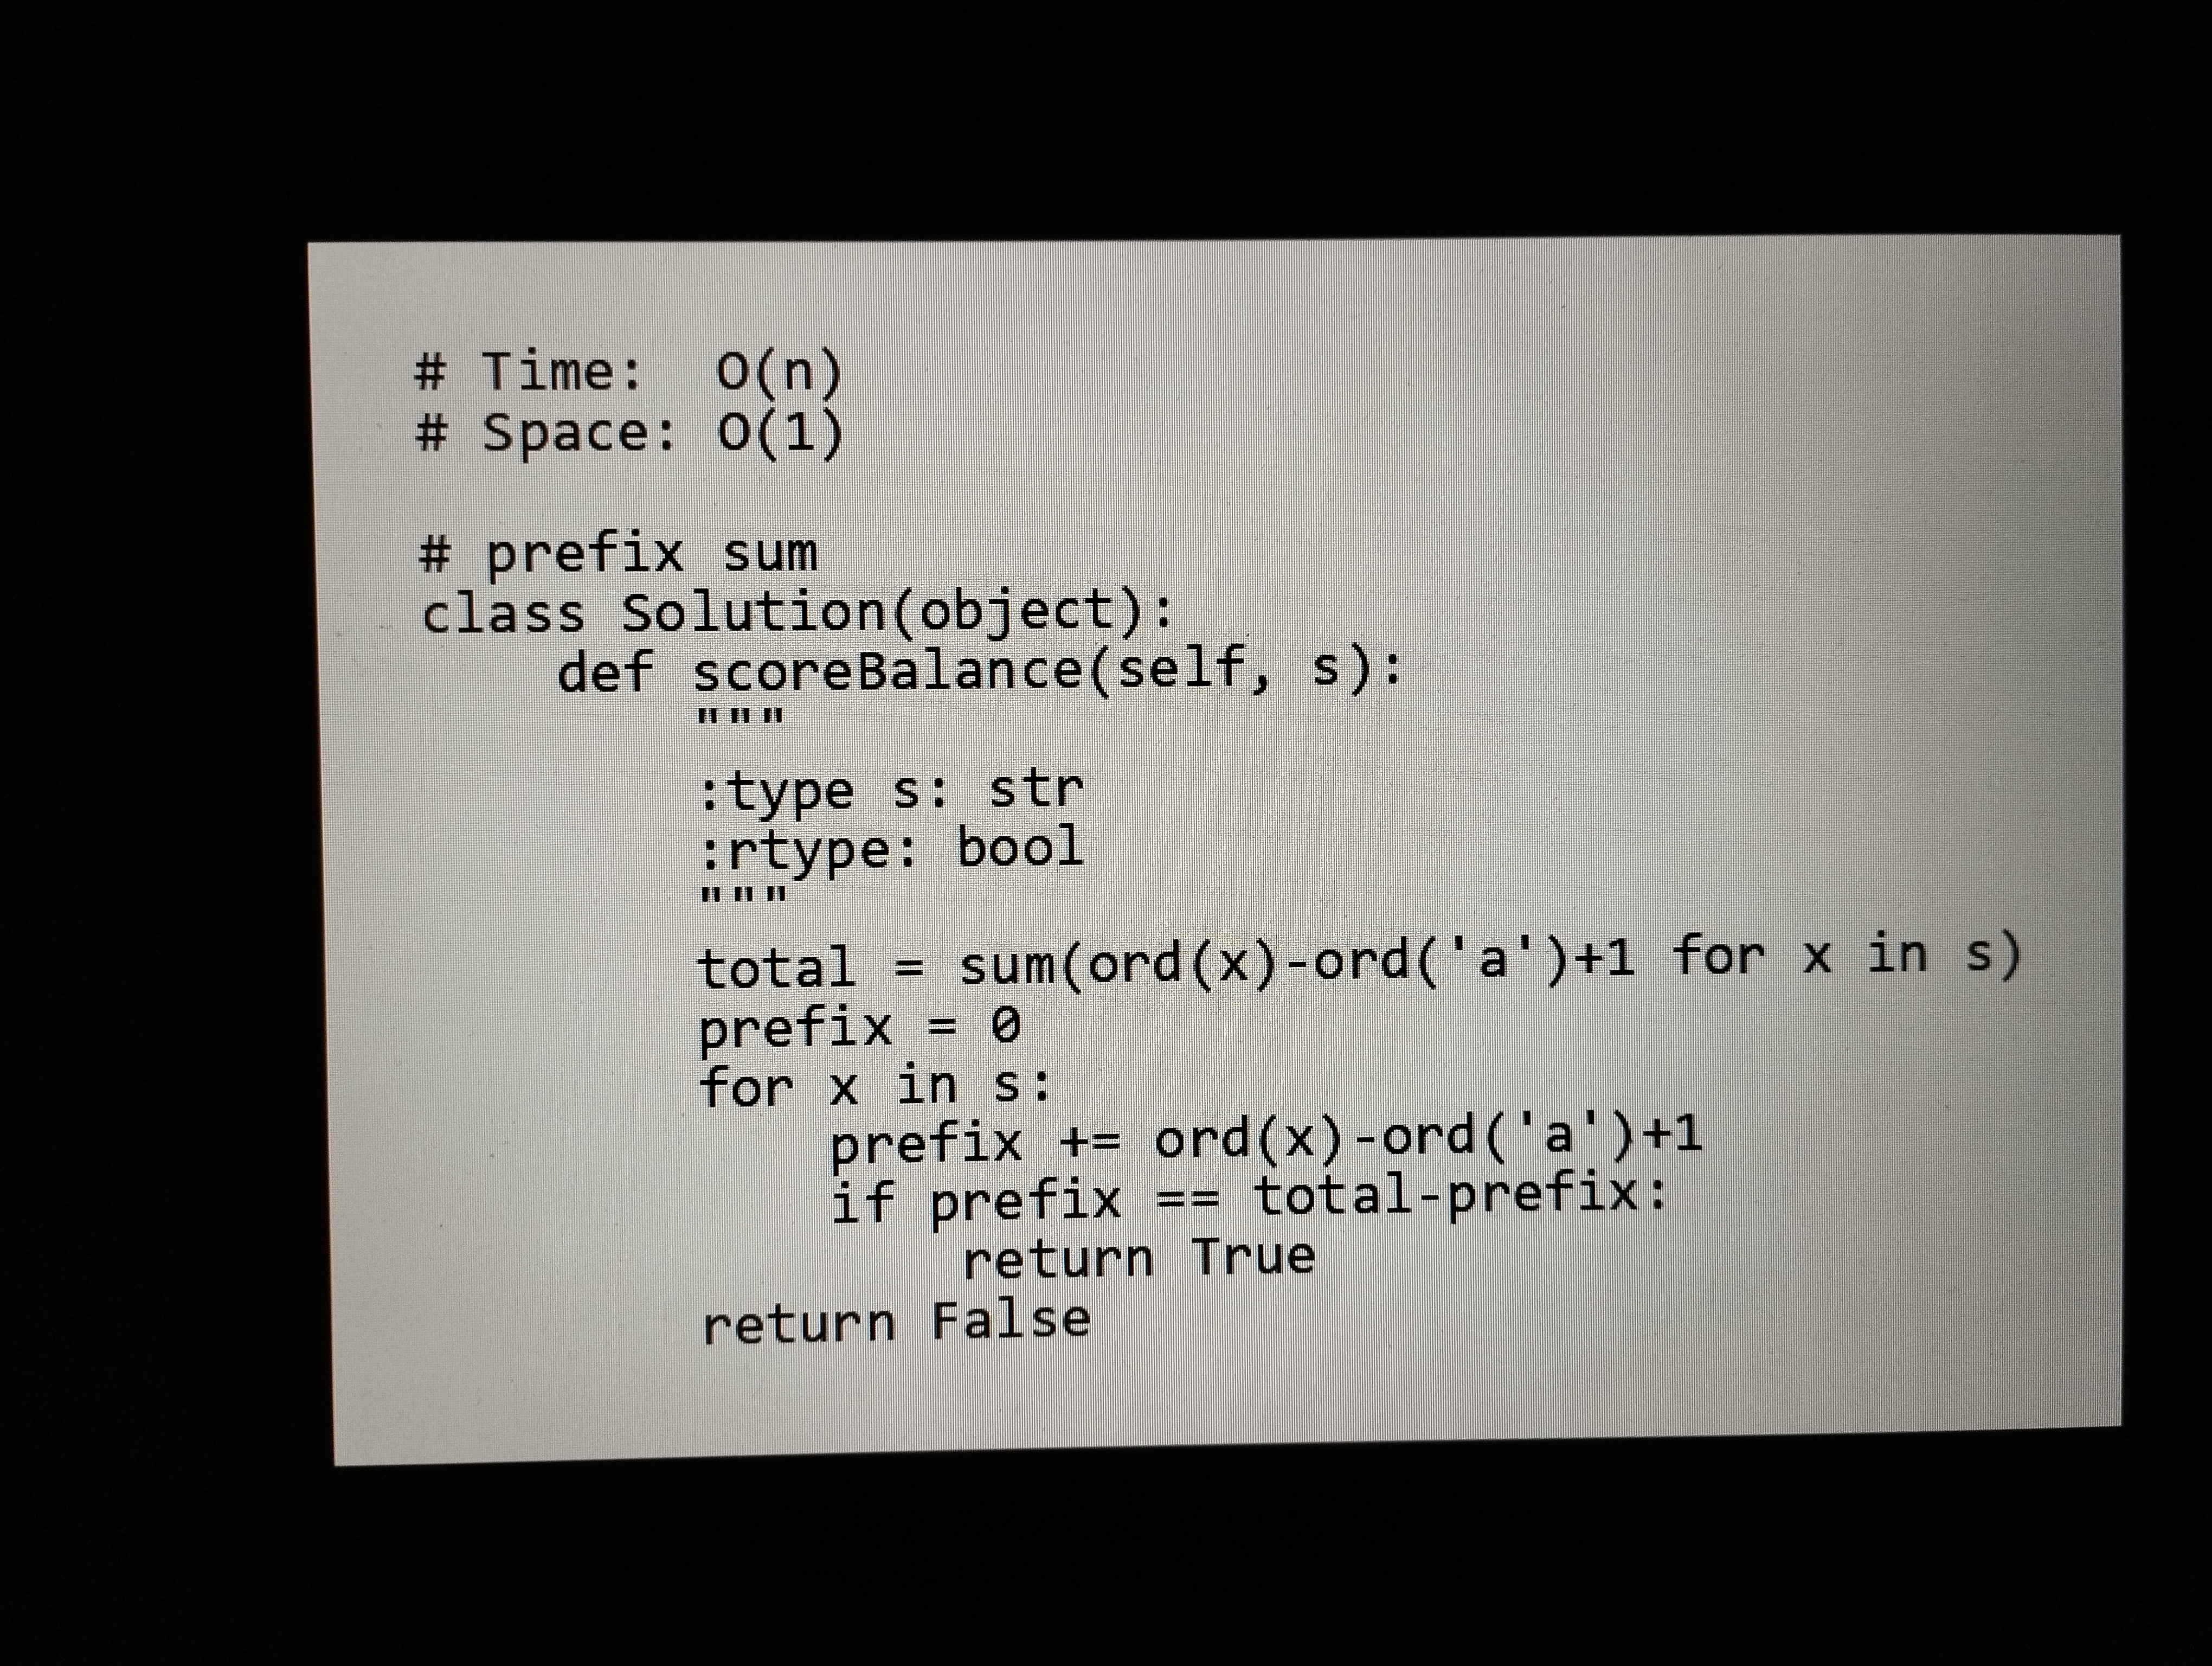
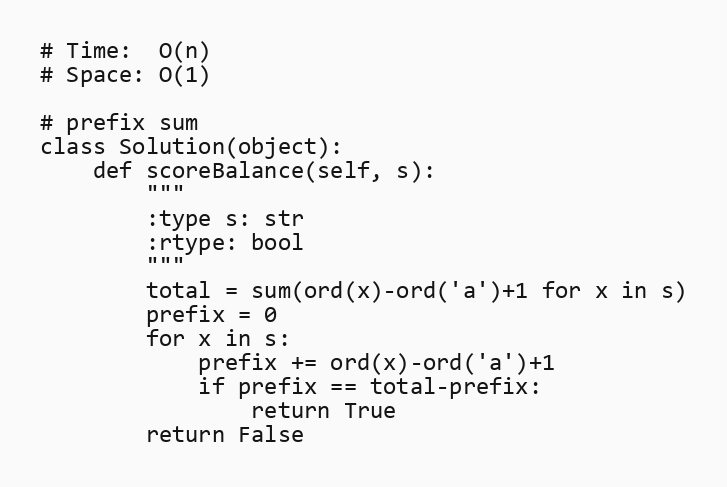
# Time:  O(n)
# Space: O(1)

# prefix sum
class Solution(object):
    def scoreBalance(self, s):
        """
        :type s: str
        :rtype: bool
        """
        total = sum(ord(x)-ord('a')+1 for x in s)
        prefix = 0
        for x in s:
            prefix += ord(x)-ord('a')+1
            if prefix == total-prefix:
                return True
        return False